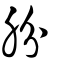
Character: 朌